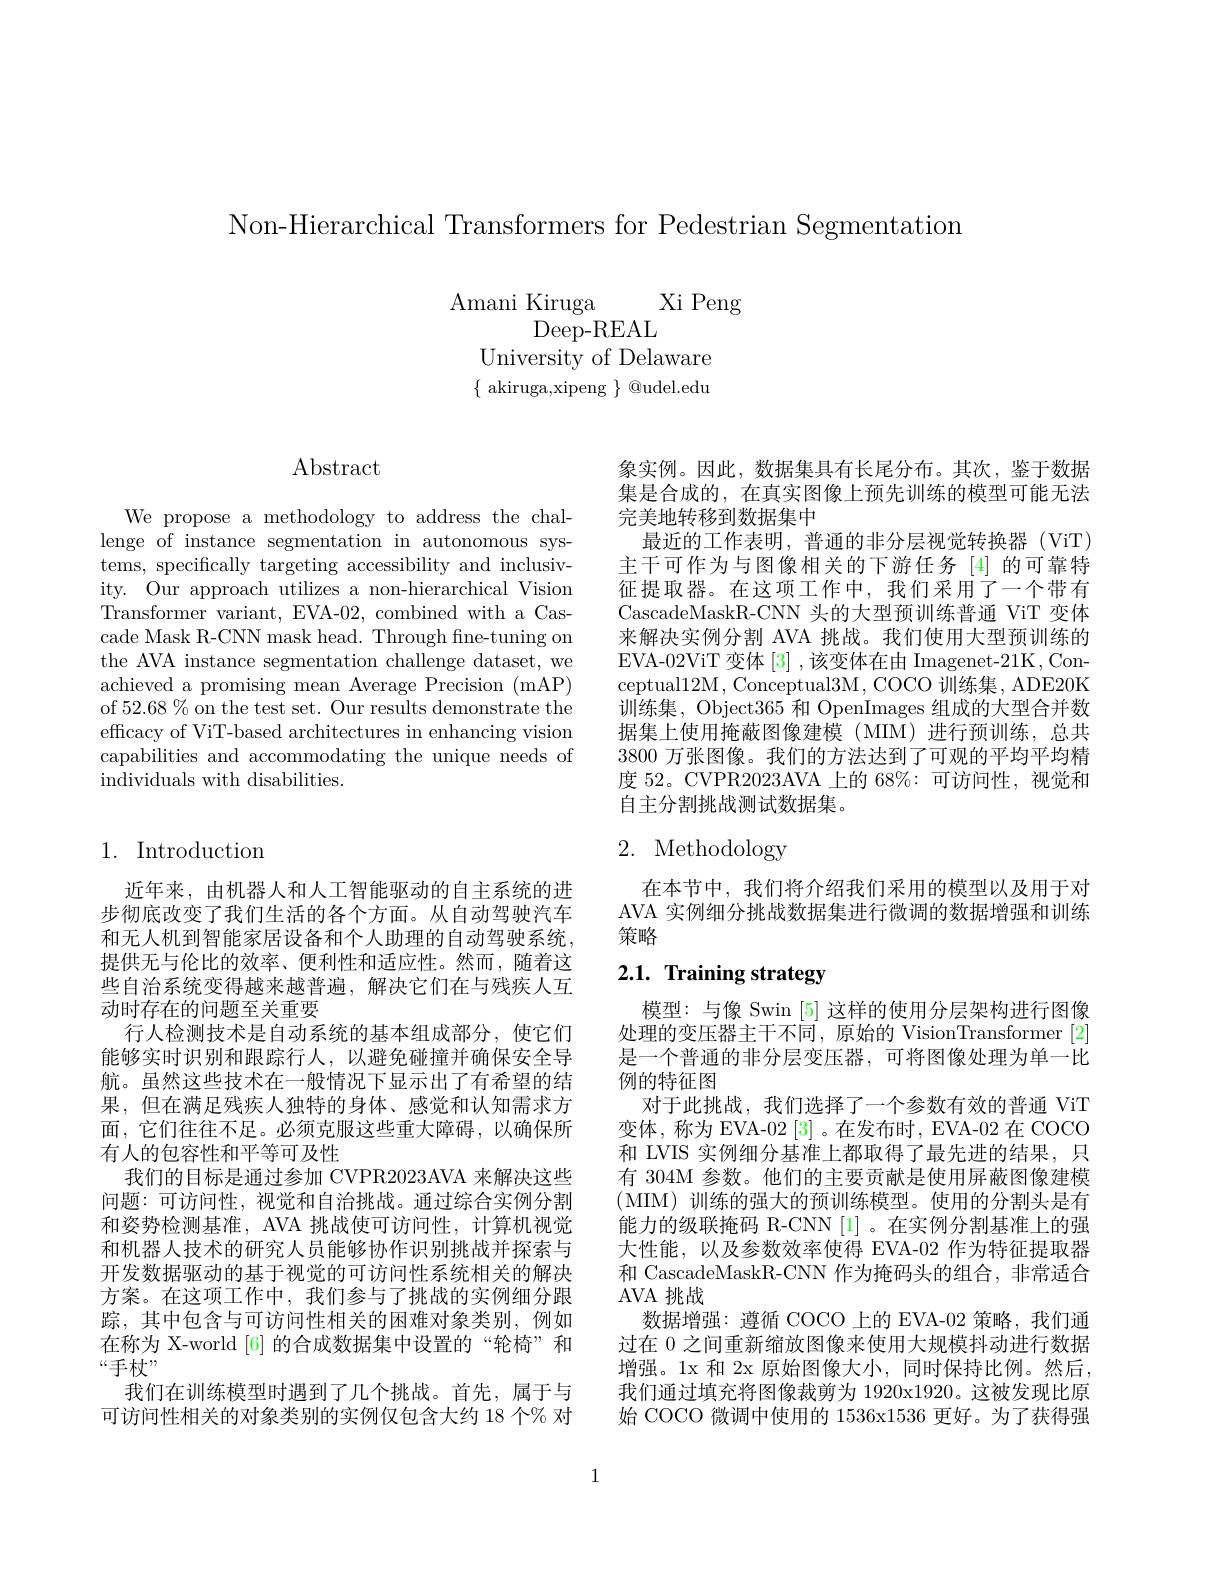
Non-Hierarchical Transformers for Pedestrian Segmentation

$\begin{array}{c}{\mathrm{Amani~Kiruga}}\\{\mathrm{Deep-REAL}}\\\end{array}$Xi Peng
University of Delaware $\{$ akiruga,xipeng $\}$ @udel.edu

## $\operatorname{Abstract}$

We propose a methodology to address the challenge of instance segmentation in autonomous systems, specifically targeting accessibility and inclusivity. Our approach utilizes a non-hierarchical Vision Transformer variant, EVA-02, combined with a Cascade Mask R-CNN mask head. Through fne-tuning on the AVA instance segmentation challenge dataset, we achieved a promising mean Average Precision (mAP) of 52.68%% on the test set. Our results demonstrate the efficacy of ViT-based architectures in enhancing vision capabilities and accommodating the unique needs of individuals with disabilities.

## 1. Introduction

近年来，由机器人和人工智能驱动的自主系统的进步彻底改变了我们生活的各个方面。从自动驾驶汽车和无人机到智能家居设备和个人助理的自动驾驶系统， 提供无与伦比的效率、便利性和适应性。然而，随着这些自治系统变得越来越普遍，解决它们在与残疾人互动时存在的问题至关重要
行人检测技术是自动系统的基本组成部分，使它们能够实时识别和跟踪行人，以避免碰撞并确保安全导航。虽然这些技术在一般情况下显示出了有希望的结果，但在满足残疾人独特的身体、感觉和认知需求方面，它们往往不足。必须克服这些重大障碍，以确保所有人的包容性和平等可及性
我们的目标是通过参加 CVPR2023AVA 来解决这些问题：可访问性，视觉和自治挑战。通过综合实例分割和姿势检测基准，AVA 挑战使可访问性，计算机视觉和机器人技术的研究人员能够协作识别挑战并探索与开发数据驱动的基于视觉的可访问性系统相关的解决方案。在这项工作中，我们参与了挑战的实例细分跟踪，其中包含与可访问性相关的困难对象类别，例如在称为 X-world [6] 的合成数据集中设置的“轮椅”和“手杖”
我们在训练模型时遇到了几个挑战。首先，属于与可访问性相关的对象类别的实例仅包含大约 18 个% 对

象实例。因此，数据集具有长尾分布。其次，鉴于数据集是合成的，在真实图像上预先训练的模型可能无法完美地转移到数据集中
最近的工作表明，普通的非分层视觉转换器 (ViT) 主干可作为与图像相关的下游任务[4]的可靠特征提取器。在这项工作中，我们采用了一个带有CascadeMaskR-CNN 头的大型预训练普通 ViT 变体来解决实例分割 AVA 挑战。我们使用大型预训练的EVA-02ViT 变体[3] ,该变体在由 Imagenet-21K , Conceptual12M, Conceptual3M, COCO 训练集，ADE20K 训练集，Object365 和 OpenImages 组成的大型合并数据集上使用掩蔽图像建模(MIM)进行预训练，总共3800万张图像。我们的方法达到了可观的平均平均精度 52。CVPR2023AVA 上的 68%: 可访问性，视觉和自主分割挑战测试数据集。

# 2. Methodology

在本节中，我们将介绍我们采用的模型以及用于对AVA 实例细分挑战数据集进行微调的数据增强和训练策略

# 2.1. Training strategy

模型：与像 Swin [5] 这样的使用分层架构进行图像处理的变压器主干不同，原始的 VisionTransformer [2] 是一个普通的非分层变压器，可将图像处理为单一比例的特征图
对于此挑战，我们选择了一个参数有效的普通 ViT 变体，称为 EVA-02[3]。在发布时，EVA-02 在 COCO 和 LVIS 实例细分基准上都取得了最先进的结果，只有 304M 参数。他们的主要贡献是使用屏蔽图像建模(MIM)训练的强大的预训练模型。使用的分割头是有能力的级联掩码 R-CNN[1]。在实例分割基准上的强大性能，以及参数效率使得 EVA-02 作为特征提取器和 CascadeMaskR-CNN 作为掩码头的组合，非常适合AVA 挑战
数据增强：遵循 COCO 上的 EVA-02 策略，我们通过在 0 之间重新缩放图像来使用大规模抖动进行数据增强。1x 和 2x 原始图像大小，同时保持比例。然后， 我们通过填充将图像裁剪为 1920x1920。这被发现比原始 COCO 微调中使用的 1536x1536 更好。为了获得强

1